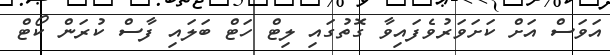
އަވަސް އަށް ކަށަވަރުވެފައިވާ ގޮތުގައި ލިޓް ހަޓް ބަލައި ފާސް ކުރަން ކޯޓް